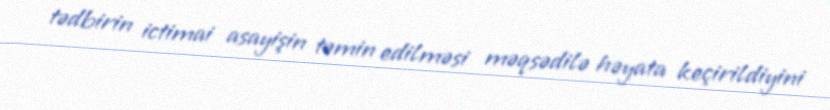
tədbirin ictimai asayişin təmin edilməsi məqsədilə həyata keçirildiyini